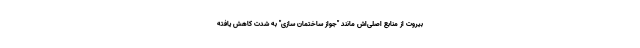
بیروت از منابع اصلی‌اش مانند "جواز ساختمان سازی" به شدت کاهش یافته